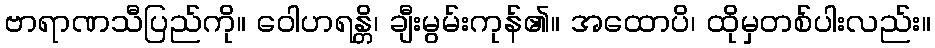
ဗာရာဏသီပြည်ကို။ ဝေါဟရန္တိ၊ ချီးမွမ်းကုန်၏။ အထောပိ၊ ထိုမှတစ်ပါးလည်း။